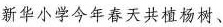
新华小学今年春天共植杨树、